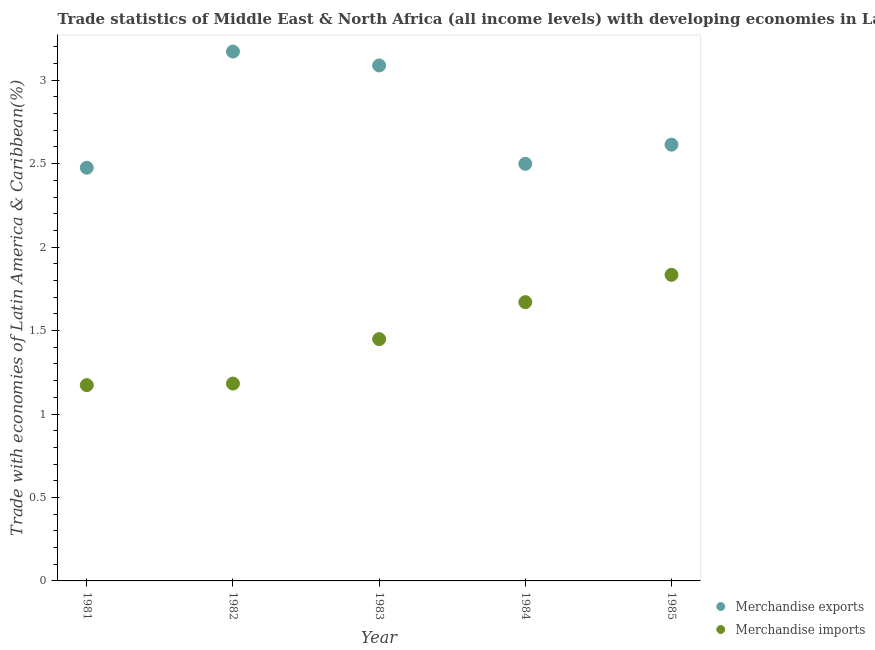
| Year | Merchandise exports | Merchandise imports |
 | --- | --- | --- |
 | 1981 | 2.48 | 1.17 |
 | 1982 | 3.17 | 1.18 |
 | 1983 | 3.09 | 1.45 |
 | 1984 | 2.5 | 1.67 |
 | 1985 | 2.61 | 1.83 |